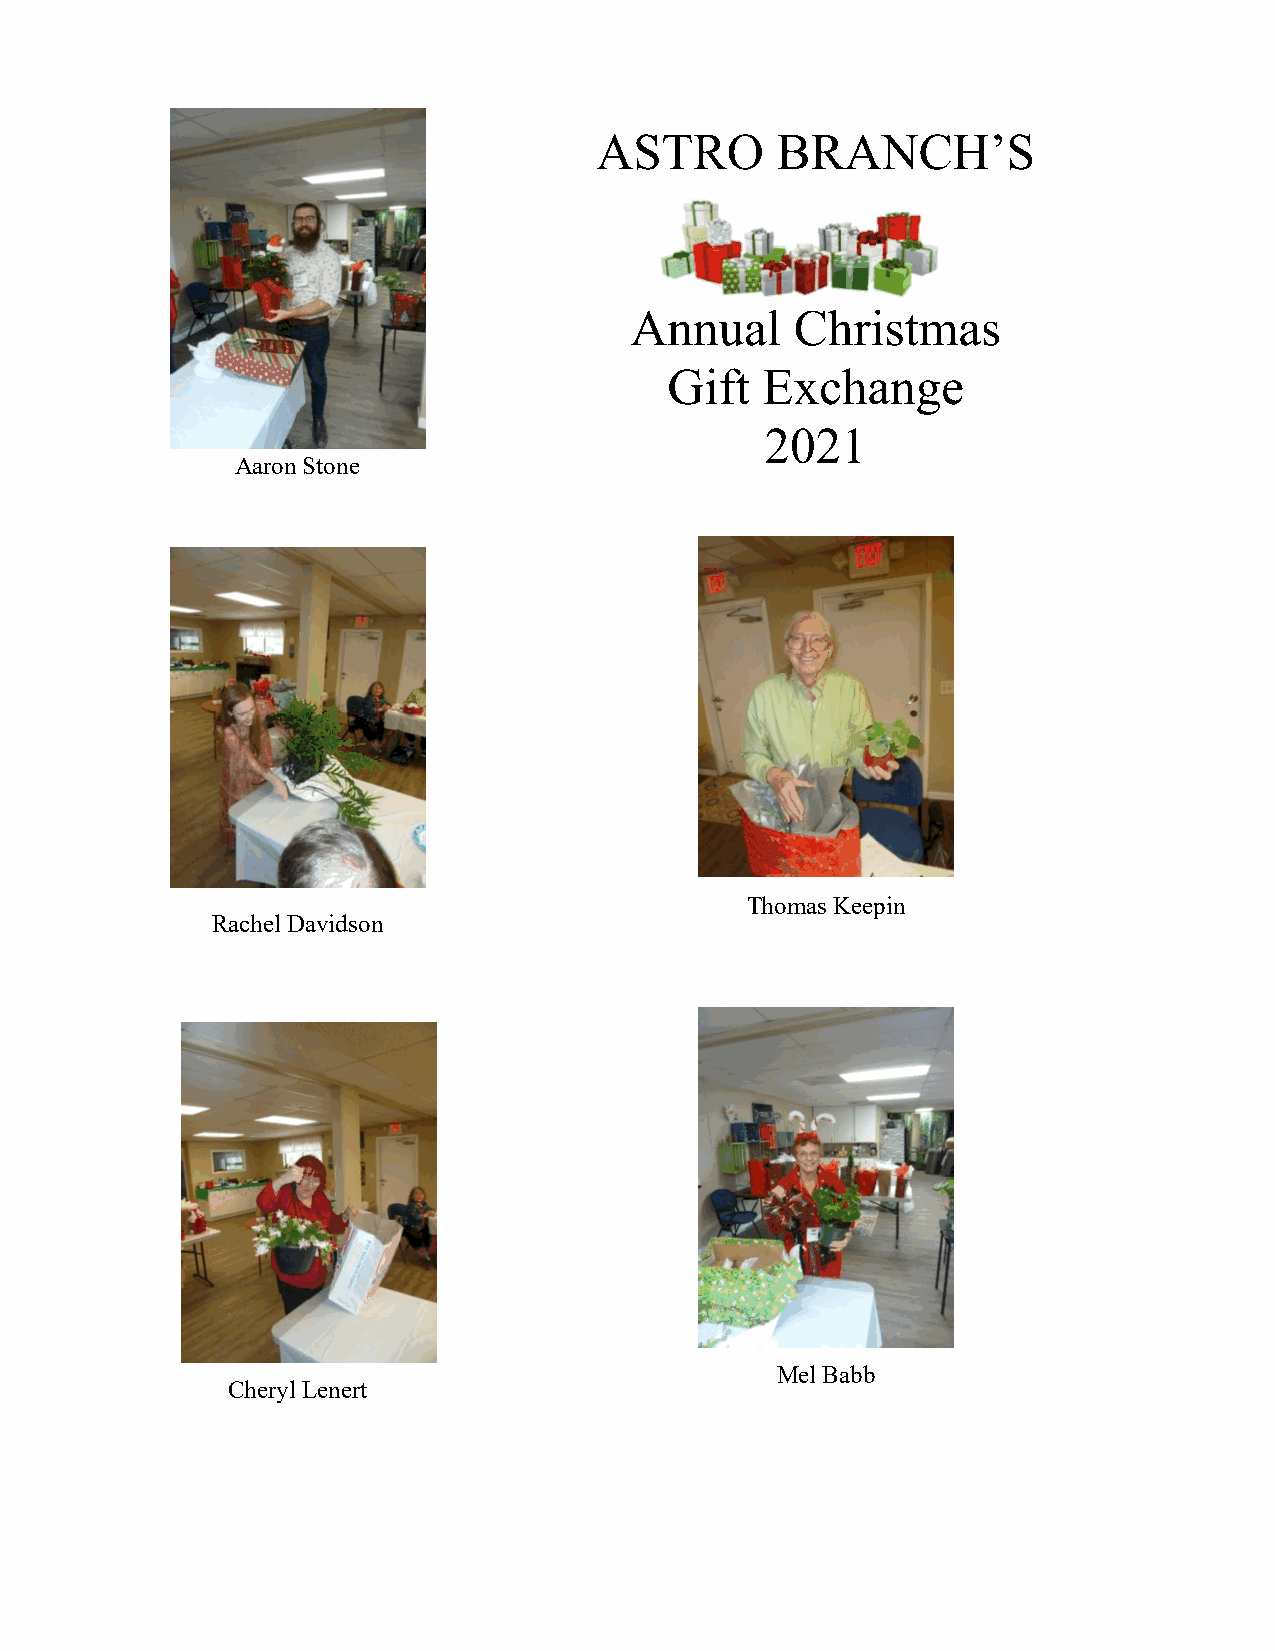
ASTRO       BRANCH’S
 Annual     Christmas
 Gift  Exchange
 2021
 Aaron Stone
 Thomas Keepin
 Rachel Davidson
 Mel Babb
 Cheryl Lenert